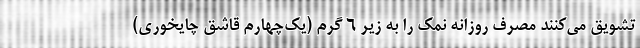
تشویق می‌کنند مصرف روزانه نمک را به زیر ۶ گرم (یک‌چهارم قاشق چایخوری)